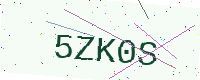
Text: 5ZK0S